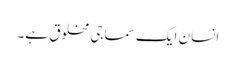
انسان ایک سماجی مخلوق ہے۔